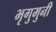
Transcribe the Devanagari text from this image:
भृगुमुनी